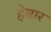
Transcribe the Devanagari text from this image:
हेबार